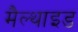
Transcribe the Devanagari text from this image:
मैल्थाइड